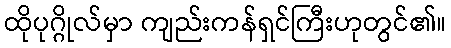
ထိုပုဂ္ဂိုလ်မှာ ကျည်းကန်ရှင်ကြီးဟုတွင်၏။